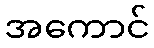
အကောင်